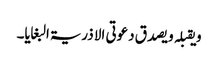
و یقبلہ و یصدق دعوتی الا ذریۃ البغایا۔